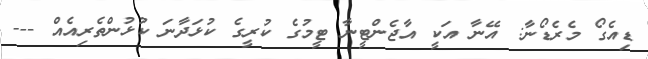
ޑިއެގޯ މެރެޑޯނާ: އޭނާ އަކީ އާޖެންޓީނާ ޓީމުގެ ކުރީގެ ކުޅަދާނަ ކުޅުންތެރިއެއް ---